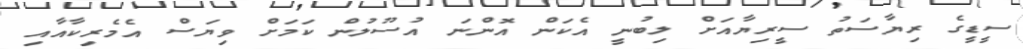
ސީޑީގެ ރިޔާސަތު ސީރިޔާއަށް ލިބުނީ އެކަން އޮންނަ އުސޫލުން ކަމަށް ވިޔަަސް އެމެރިކާއާއި